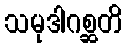
သမုဒါဂစ္ဆတိ